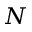
N